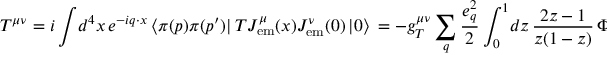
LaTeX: T ^ { \mu \nu } = i \int \! d ^ { 4 } x \, e ^ { - i q \cdot x } \, \langle \pi ( p ) \pi ( p ^ { \prime } ) | \, T J _ { \mathrm { e m } } ^ { \mu } ( x ) J _ { \mathrm { e m } } ^ { \nu } ( 0 ) \, | 0 \rangle \nonumber \, = - g _ { T } ^ { \mu \nu } \sum _ { q } \frac { e _ { q } ^ { 2 } } { 2 } \int _ { 0 } ^ { 1 } \! d z \, { \frac { 2 z - 1 } { z ( 1 - z ) } } \, \Phi _ { q } ^ { \pi \pi } ( z , \zeta , W ^ { 2 } ) ,